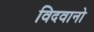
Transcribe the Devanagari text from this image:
विदवानो